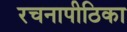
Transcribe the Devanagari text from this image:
रचनापीठिका